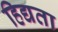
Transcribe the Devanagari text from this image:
हिद्यता